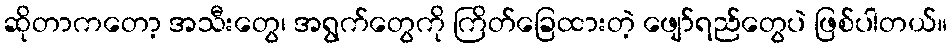
ဆိုတာကတော့ အသီးတွေ၊ အရွက်တွေကို ကြိတ်ခြေထားတဲ့ ဖျော်ရည်တွေပဲ ဖြစ်ပါတယ်။